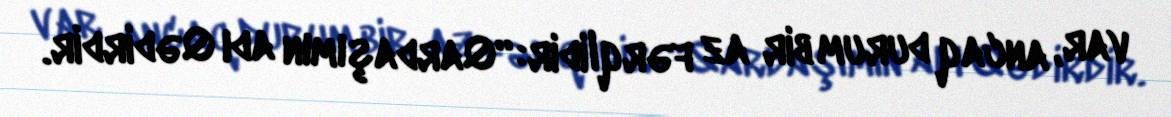
var, ancaq durum bir az fərqlidir: “Qardaşımın adı Qədirdir.